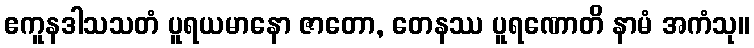
ဧကူနဒါသသတံ ပူရယမာနော ဇာတော, တေနဿ ပူရဏောတိ နာမံ အကံသု။